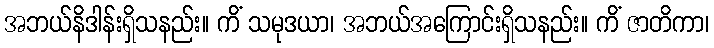
အဘယ်နိဒါန်းရှိသနည်း။ ကိံ သမုဒယာ၊ အဘယ်အကြောင်းရှိသနည်း။ ကိံ ဇာတိကာ၊